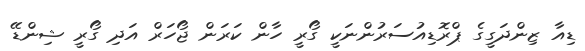
ޑިއާ ޒިންދަގީގެ ޕްރޮޑިއުސަރުންނަކީ ގޯރީ ހާން ކަރަން ޖޯހަރް އަދި ގޯރީ ޝިންޑޭ